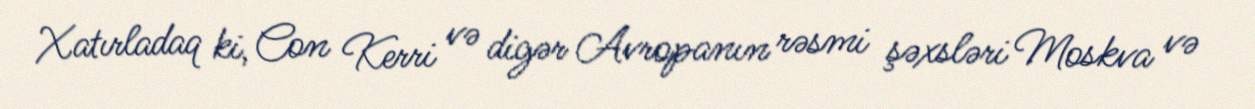
Xatırladaq ki, Con Kerri və digər Avropanın rəsmi şəxsləri Moskva və